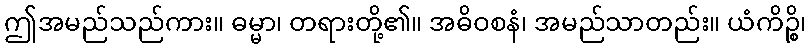
ဤအမည်သည်ကား။ ဓမ္မာ၊ တရားတို့၏။ အဓိဝစနံ၊ အမည်သာတည်း။ ယံကိဉ္စိ၊